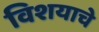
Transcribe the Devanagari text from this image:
विशयाचे